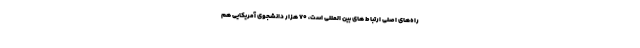
راه‌های اصلی ارتباط های بین المللی است، ۷۰ هزار دانشجوی آمریکایی هم